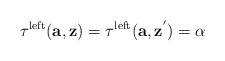
\begin{align*}\tau^{\mathrm{left}}(\textbf{a},\textbf{z})=\tau^{\mathrm{left}}(\textbf{a},\textbf{z}^{'})=\alpha\end{align*}